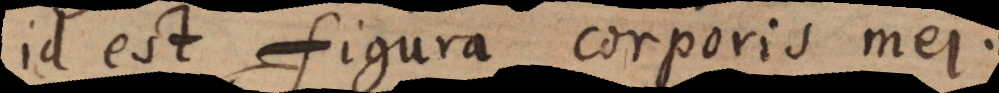
id est figura corporis mei